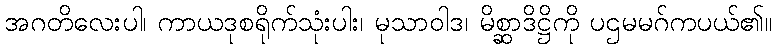
အဂတိလေးပါ၊ ကာယဒုစရိုက်သုံးပါး၊ မုသာဝါဒ၊ မိစ္ဆာဒိဋ္ဌိကို ပဌမမဂ်ကပယ်၏။